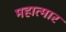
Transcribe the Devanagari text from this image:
महात्मार